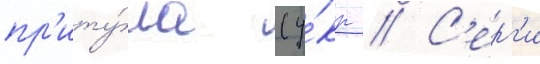
пр'иту́ла (у́кр // С'ерг'и